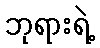
ဘုရားရဲ့